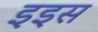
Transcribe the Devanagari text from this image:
इइस